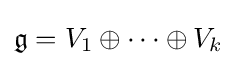
{\mathfrak {g}}=V_{1}\oplus \cdots \oplus V_{k}